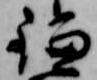
鎌